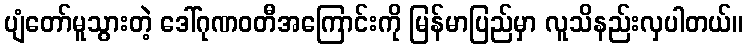
ပျံတော်မူသွားတဲ့ ဒေါ်ဂုဏဝတီအကြောင်းကို မြန်မာပြည်မှာ လူသိနည်းလှပါတယ်။